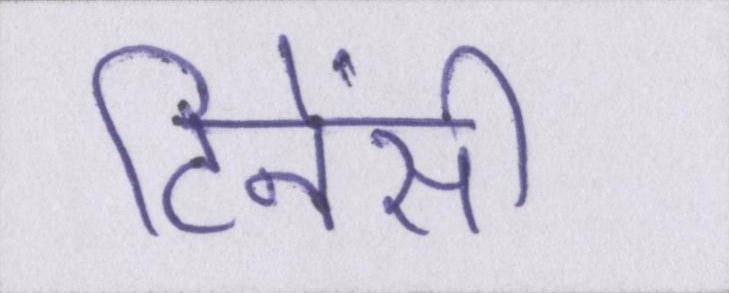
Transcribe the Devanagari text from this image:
टिनेंसी